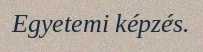
Egyetemi képzés.